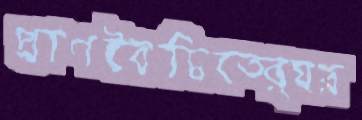
প্রাণবৈচিত্র্যের